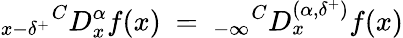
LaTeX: {}_{x-\delta^{+}}{}^{C}D_{x}^{\alpha}f(x)~=~{}_{-\infty}{}^{C}D_{x}^{(\alpha,{\delta^{+}})}f(x)